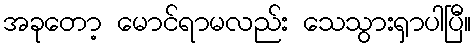
အခုတော့ မောင်ရာမလည်း သေသွားရှာပါပြီ။